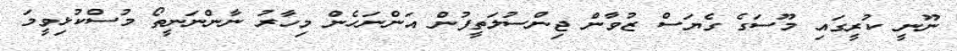
ނޫނީ ކުރީގައި މޫސަގެ ގެޔަސް ޒުވާން ޖިންސުލަތީފުން އަންނަހެން މިހާރު ނާންނަނީތޯ މުސްކުޅިވީމަ